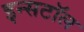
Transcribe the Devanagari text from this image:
इन्सटॉल